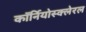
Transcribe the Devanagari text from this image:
कॉर्नियोस्क्लेरल